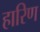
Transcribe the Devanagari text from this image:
हारिण